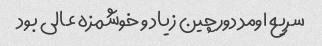
سریع اومد دورچین زیاد و خوشمزه عالی بود